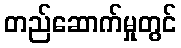
တည်ဆောက်မှုတွင်